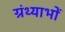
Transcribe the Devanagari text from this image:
ग्रंथ्याभों